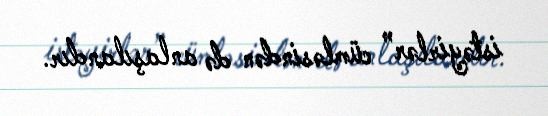
istəyirlər” cümləsindən də anlaşılandır.